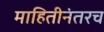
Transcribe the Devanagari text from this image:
माहितीनंतरच